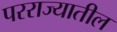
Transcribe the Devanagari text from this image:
परराज्यातील